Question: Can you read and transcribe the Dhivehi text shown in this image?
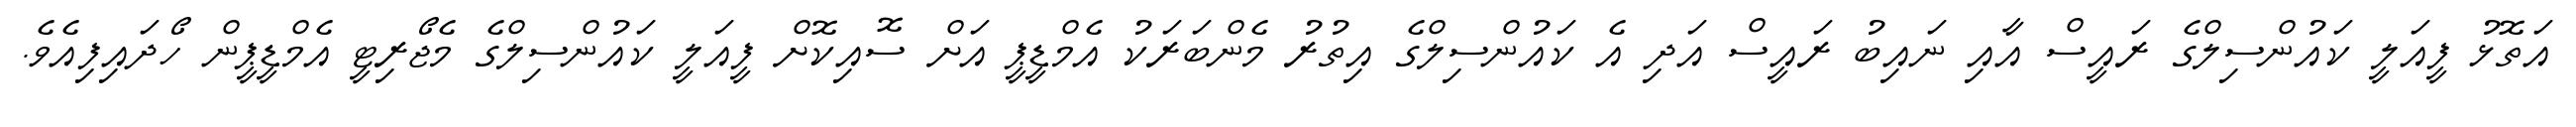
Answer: އަތޮޅު ފީއަލީ ކައުންސިލްގެ ރައީސް އާއި ނައިބު ރައީސް އަދި އެ ކައުންސިލްގެ އިތުރު މެންބަރަކު އެމްޑީޕީ އަށް ސޮއިކޮށް ފީއަލީ ކައުންސިލްގެ މެޖޯރިޓީ އެމްޑީޕީން ހޯދައިފިއެވެ.